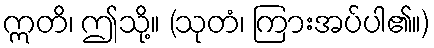
ဣတိ၊ ဤသို့။ (သုတံ၊ ကြားအပ်ပါ၏။)